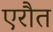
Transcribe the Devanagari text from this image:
एरौत